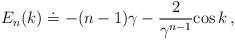
LaTeX: \begin{align*}E_n(k) \doteq -(n-1)\gamma -{2 \over \gamma\sp {n-1}}{\rm cos}\,k\,, \end{align*}